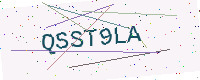
Text: QSST9LA